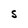
Character: S